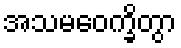
အသမဝေက္ခိတွာ